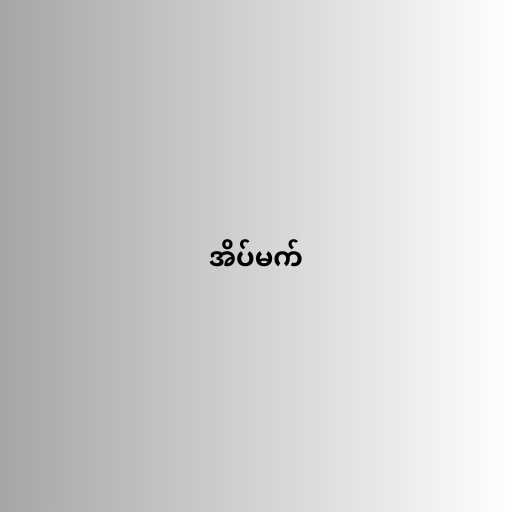
အိပ်မက်